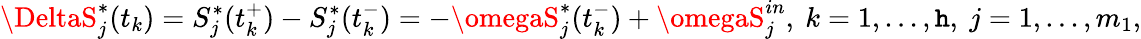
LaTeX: \DeltaS_{j}^{*}(t_{k})=S_{j}^{*}(t_{k}^{+})-S_{j}^{*}(t_{k}^{-})=-\omegaS_{j}^{*}(t_{k}^{-})+\omegaS_{j}^{in},\ k=1,...,\mathtt{h},\ j=1,...,m_{1},